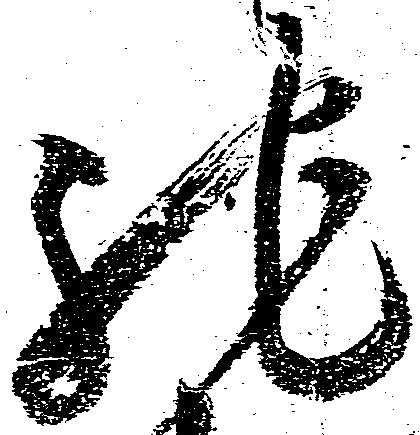
馳